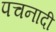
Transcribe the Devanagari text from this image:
पचनादी